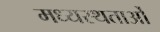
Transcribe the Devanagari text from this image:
मध्‍यस्‍थताओं